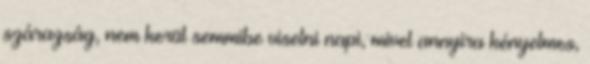
szárazság, nem kerül semmibe viselni napi, mivel annyira kényelmes,